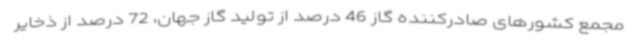
مجمع کشورهای صادرکننده گاز 46 درصد از تولید گاز جهان، 72 درصد از ذخایر